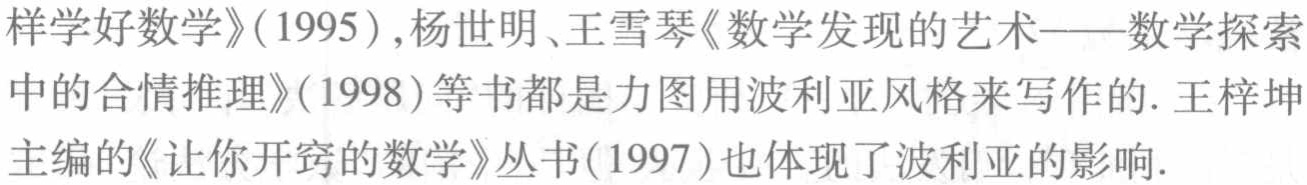
样学好数学》(1995),杨世明、王雪琴《数学发现的艺术——数学探索中的合情推理》(1998)等书都是力图用波利亚风格来写作的. 王梓坤主编的《让你开窍的数学》丛书(1997)也体现了波利亚的影响.